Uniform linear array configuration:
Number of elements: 12
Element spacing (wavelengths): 0.25
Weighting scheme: exponential
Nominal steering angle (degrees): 15
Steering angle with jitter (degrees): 13.33
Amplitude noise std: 0.05
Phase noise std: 0.05

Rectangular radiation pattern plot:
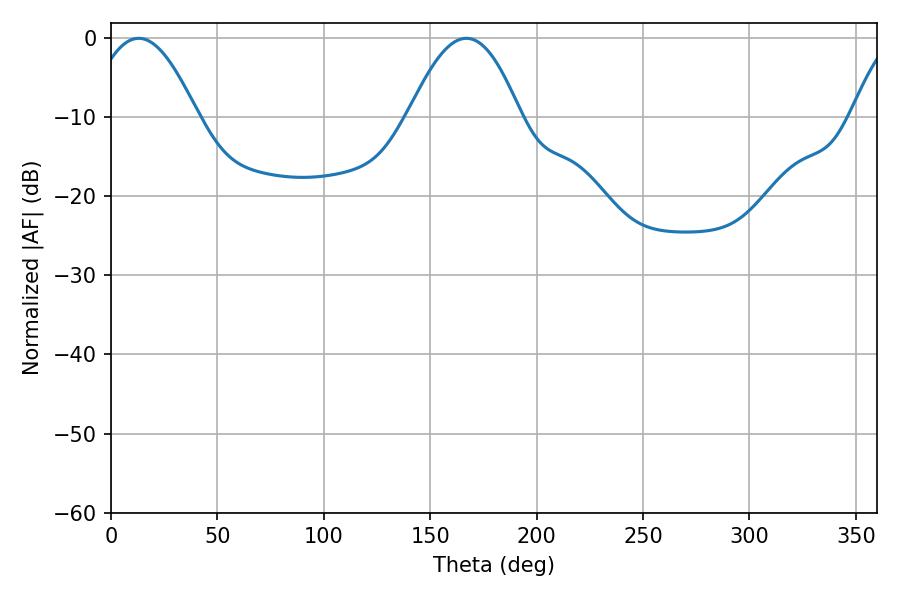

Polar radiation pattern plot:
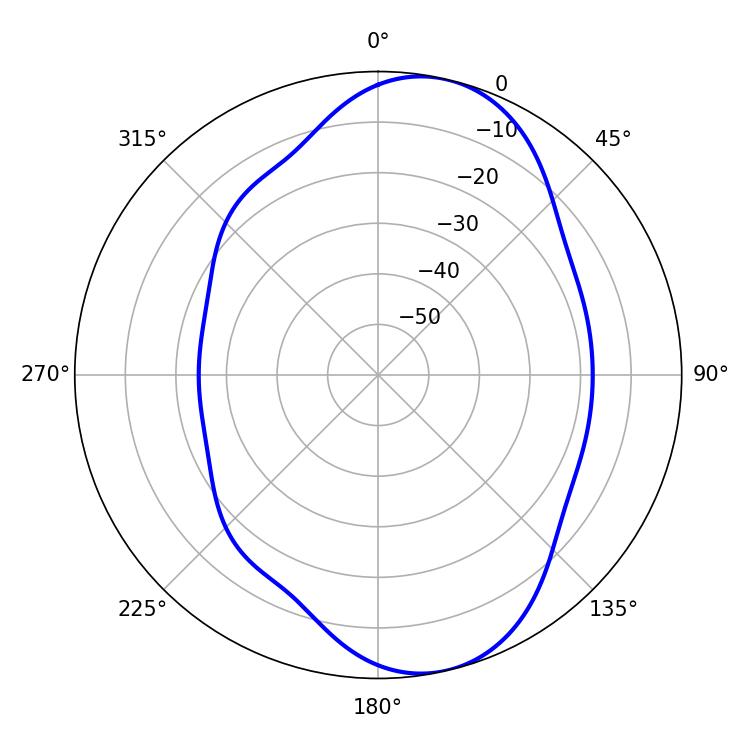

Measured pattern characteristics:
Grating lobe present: FALSE
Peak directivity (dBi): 8.872
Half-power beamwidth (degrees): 27.54
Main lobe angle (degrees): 12.96